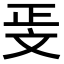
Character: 𭤖